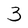
Character: 3